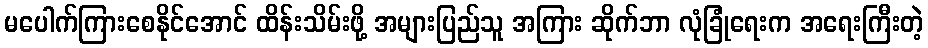
မပေါက်ကြားစေနိုင်အောင် ထိန်းသိမ်းဖို့ အများပြည်သူ အကြား ဆိုက်ဘာ လုံခြုံရေးက အရေးကြီးတဲ့